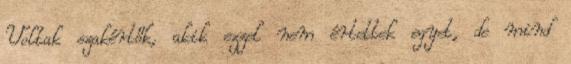
Voltak szakértők, akik ezzel nem értettek egyet, de mind